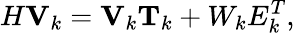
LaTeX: H\mathbf{V}_{k}=\mathbf{V}_{k}\mathbf{T}_{k}+W_{k}E_{k}^{T},